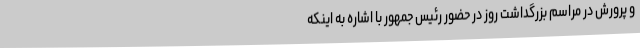
و پرورش در مراسم بزرگداشت روز در حضور رئیس جمهور با اشاره به اینکه